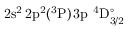
\mathrm { 2 s ^ { 2 } \, 2 p ^ { 2 } ( ^ { 3 } P ) \, 3 p ~ ^ { 4 } D _ { 3 / 2 } ^ { \circ } }